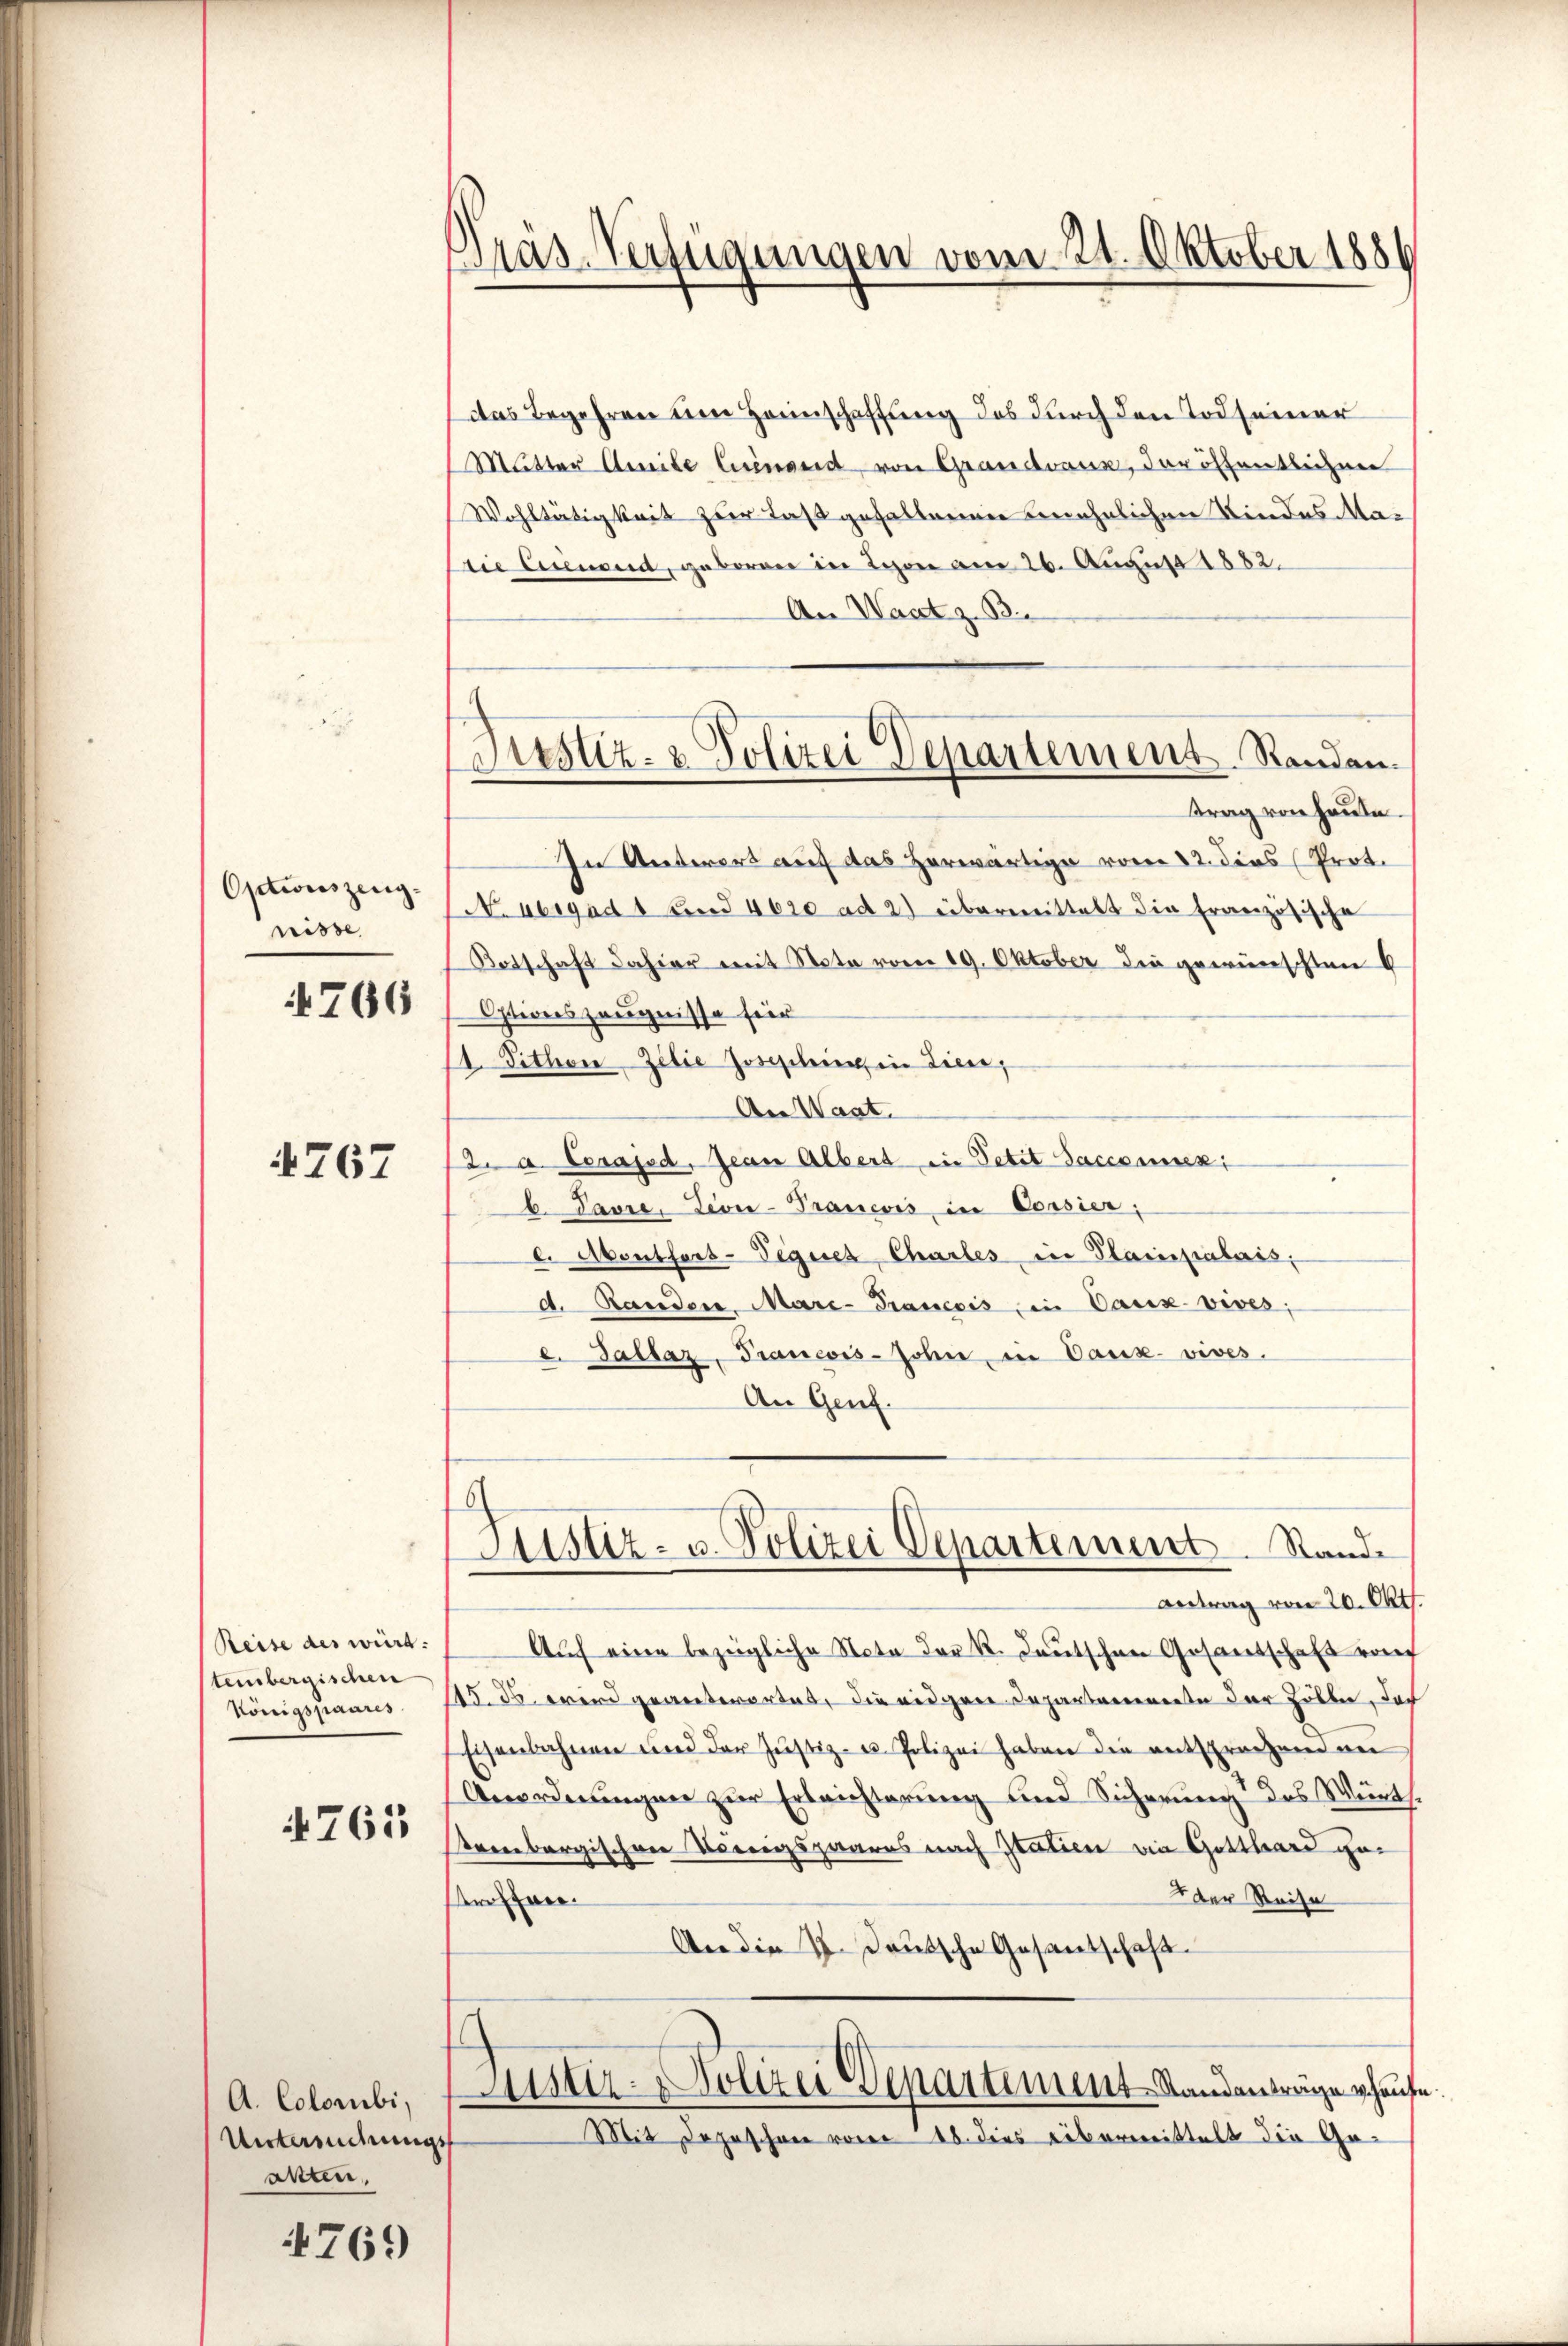
Optionszeug-
risse

766

767

Reise des würd
tembergischen
Königspannes

4761

A. Colombi,
Untwendungs
anten,

4769

Pras-Verfügungen vom 21. Oktober 1884

das Begehren um Haunschaftung des durch den Tod seiner
Mutter Amte Cuinand von Grandvaux, der öffentlichen
Wohltätigkeit zur Last gehaltenen unehelichen Kindes Madie Crenend, geboren in Leon am 26. August 1882.
An Waat z. B.
trag von heute.
In Unterers auf das herwärtige vor 12. ders (Prot.
N. vergad 1 und 4620 ad 2) übermittelt die Französische
Botschaft dahier mit Note vom 19. Oktober die gewünschten 6
Optionszeugnisse für
Dither-Zilie Josephine in Licen,
¬
An Waat.
2. a. Corajsd, Jean Albert in Petit Saccomexi
b. Pavre, Levi-Pranevis in Corsier,
e. Abenthort-Tegier, Chartes in Parispalass
d. Randen, Mare-Francois ein Caux-vives;
e. Gallaz, Francois-John in Vaux-vives.
An Genf.
Justiz- u. Polizei Departement. Stande
Antrag von 20. Okt.
Auf eine bezügliche Nota der K. Deutschen Gesantschaft vo
15. ds. wird geantwortet, die eidgen Departemente der Zölle, das
Eisenbahnen und der Justiz- u. Polizei haben die entsprochen ne
Anordnungen zur Errichterung und Sicherung des Werts.
renbergischen Verungspaares nach Italien ein Gotthard ge¬
 der Reise
stroffen.
An die V. Deutsche Gesantschaft.
Justiz-Polizei Departement Landanträge hause
Mit Depeschen vom 18. dies übermittelt die Ge¬

Justiz- & Polizei Departement Renden.